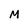
Character: M